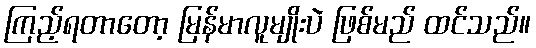
ကြည့်ရတာတော့ မြန်မာလူမျိုးပဲ ဖြစ်မည် ထင်သည်။